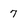
Character: 7